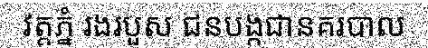
វត្តភ្នំ រងរបួស ជនបង្កជានគរបាល